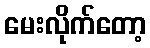
မေးလိုက်တော့